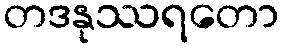
တဒနုဿရတော